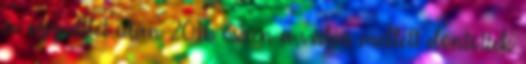
év együttlét után 2016 őszén a válás mellett döntöttek